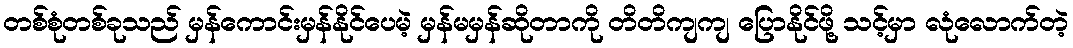
တစ်စုံတစ်ခုသည် မှန်ကောင်းမှန်နိုင်ပေမဲ့ မှန်မမှန်ဆိုတာကို တိတိကျကျ ပြောနိုင်ဖို့ သင့်မှာ လုံလောက်တဲ့